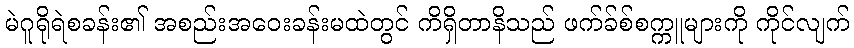
မဲဂူရိုရဲစခန်း၏ အစည်းအဝေးခန်းမထဲတွင် ကိရှိတာနိသည် ဖက်ခ်စ်စက္ကူများကို ကိုင်လျက်